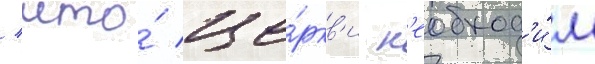
/ что́ це́ркв'и н'еобход'и́м